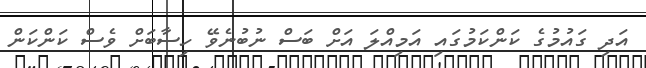
އަދި ގައުމުގެ ކަންކަމުގައި އަމިއްލަ އަށް ބަސް ނުބުނެވޭ ހިސާބަށް ވެސް ކަންކަން